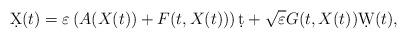
LaTeX: \begin{align*}\d X(t)=\varepsilon\left(A(X(t))+F(t,X(t))\right)\d t+\sqrt{\varepsilon}G(t,X(t))\d W(t),\end{align*}